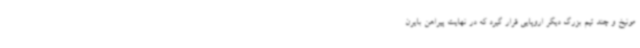
مونیخ و چند تیم بزرگ دیگر اروپایی قرار گیرد که در نهایت پیراهن بایرن